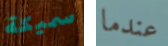
سميكة عندما